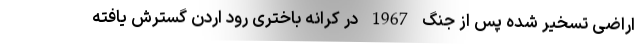
اراضی تسخیر شده پس از جنگ 1967 در کرانه باختری رود اردن گسترش یافته